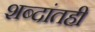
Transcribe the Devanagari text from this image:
शब्दांतही